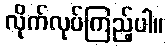
လိုက်လုပ်ကြည့်ပါ။